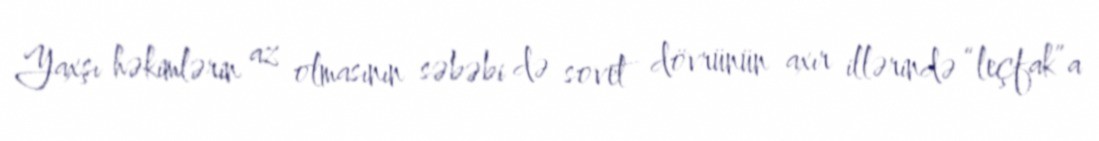
Yaxşı həkimlərin az olmasının səbəbi də sovet dövrünün axır illərində “leçfak”a